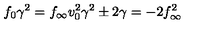
f _ { 0 } \gamma ^ { 2 } = f _ { \infty } v _ { 0 } ^ { 2 } \gamma ^ { 2 } \pm 2 \gamma = - 2 f _ { \infty } ^ { 2 }